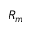
R _ { m }